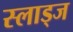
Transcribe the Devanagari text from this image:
स्लाड्ज